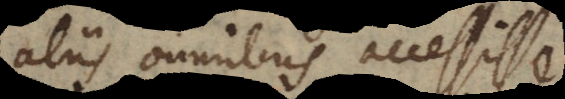
aliis omnibus accessisse.